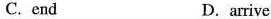
C. end D.arrive